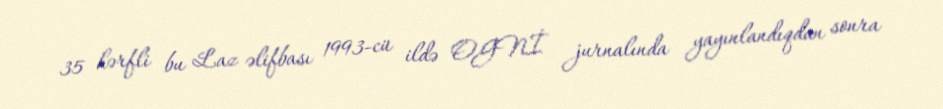
35 hərfli bu Laz əlifbası 1993-cü ildə OGNİ jurnalında yayınlandıqdan sonra